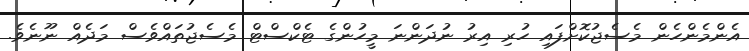
އެންމެންހެން މެސެޖުކޮށްފައި ހުރި އިރު ނުދަންނަ މީހުންގެ ޓެކްސްޓް މެސެޖުތައްވެސް މަދެއް ނޫނެވެ.